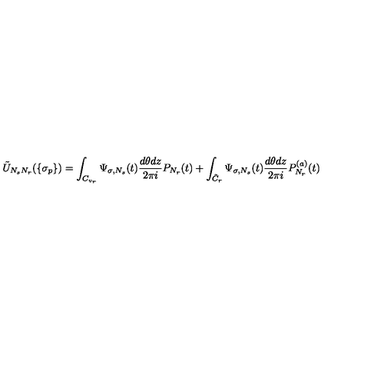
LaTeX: \tilde { U } _ { N _ { s } N _ { r } } ( \{ \sigma _ { p } \} ) = \int _ { C _ { v _ { r } } } \Psi _ { \sigma , N _ { s } } ( t ) \frac { d \theta d z } { 2 \pi i } P _ { N _ { r } } ( t ) + \int _ { \tilde { C } _ { r } } \Psi _ { \sigma , N _ { s } } ( t ) \frac { d \theta d z } { 2 \pi i } P _ { N _ { r } } ^ { ( a ) } ( t )